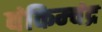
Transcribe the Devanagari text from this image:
बंकिम्चंद्र